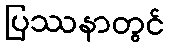
ပြဿနာတွင်